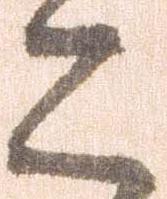
こ